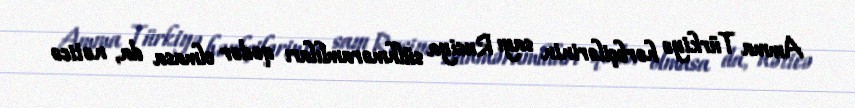
Amma Türkiyə hərbçilərinin sayı Rusiya sülhməramlıları qədər olmasa da, nəticə